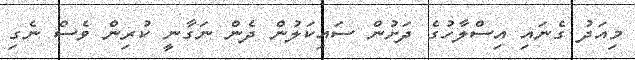
މިއަދު ގެނައި އިސްލާހުގެ ދަށުން ސައިކަލުން ދެން ނަގާނީ ކުރިން ވެސް ނެގި